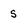
Character: 5